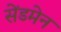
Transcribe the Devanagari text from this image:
सेंडमेन